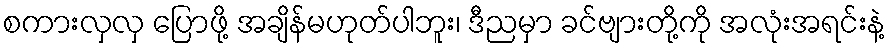
စကားလှလှ ပြောဖို့ အချိန်မဟုတ်ပါဘူး၊ ဒီညမှာ ခင်ဗျားတို့ကို အလုံးအရင်းနဲ့